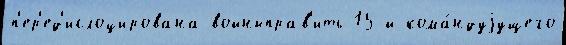
п'ер'ед'ислоцирована войныправ'ить 15-й кома́ндуjущего